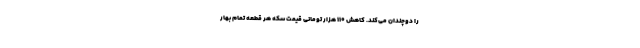
را دوچندان می‌کند. کاهش ۱۱۰ هزار تومانی قیمت سکه هر قطعه تمام بهار